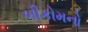
બીકોમનો